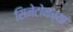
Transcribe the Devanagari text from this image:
सिनेटोनच्या